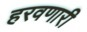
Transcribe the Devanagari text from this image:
हरवणारी